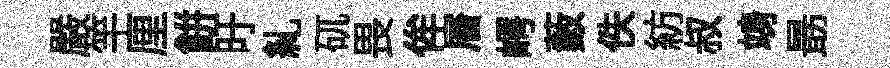
嚴竿厘餅旴糺矹畏侔層崿藪佚紡叔竧朂